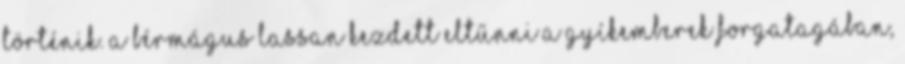
történik. A bérmágus lassan kezdett eltűnni a gyíkemberek forgatagában,